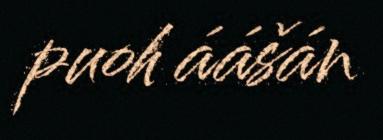
puoh áášán